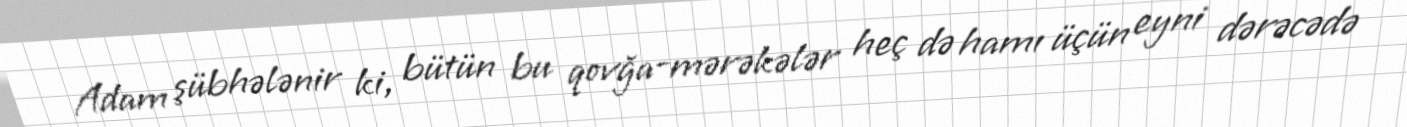
Adam şübhələnir ki, bütün bu qovğa-mərəkələr heç də hamı üçün eyni dərəcədə